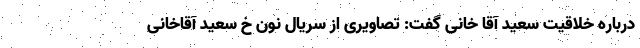
درباره خلاقیت سعید آقا خانی گفت: تصاویری از سریال نون خ سعید آقاخانی